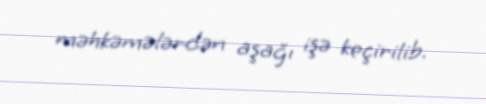
məhkəmələrdən aşağı işə keçirilib.